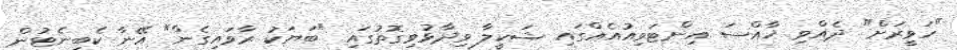
"ހަވީރަށް" ދެއްވި ޚާއްސަ އިންޓަވިއުއެއްގައި ޝަކީލާ ވިދާޅުވިގޮތުގައި "ބަޔަކު ރާވައިގެން" އޭނާ ކެބިނެޓުން